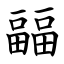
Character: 㽬